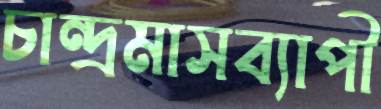
চান্দ্রমাসব্যাপী